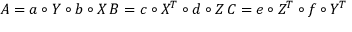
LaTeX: A = a \circ Y \circ b \circ X \, B = c \circ X ^ { T } \circ d \circ Z \, C = e \circ Z ^ { T } \circ f \circ Y ^ { T }